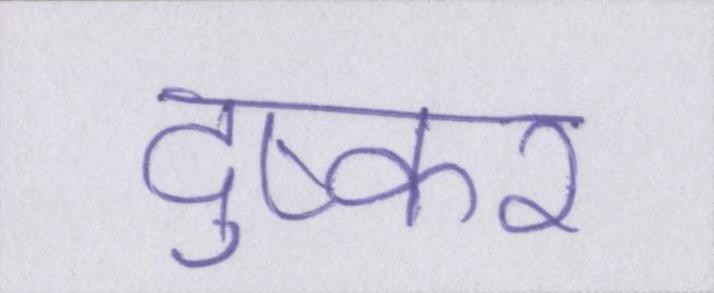
दुष्कर